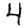
Digit: 4